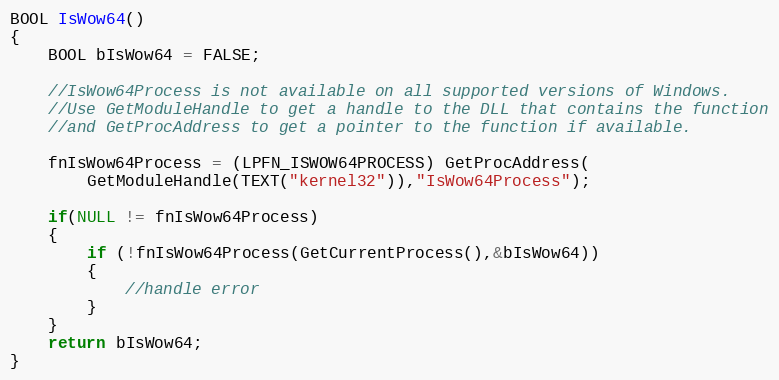
Language: C++
BOOL IsWow64()
{
    BOOL bIsWow64 = FALSE;

    //IsWow64Process is not available on all supported versions of Windows.
    //Use GetModuleHandle to get a handle to the DLL that contains the function
    //and GetProcAddress to get a pointer to the function if available.

    fnIsWow64Process = (LPFN_ISWOW64PROCESS) GetProcAddress(
        GetModuleHandle(TEXT("kernel32")),"IsWow64Process");

    if(NULL != fnIsWow64Process)
    {
        if (!fnIsWow64Process(GetCurrentProcess(),&bIsWow64))
        {
            //handle error
        }
    }
    return bIsWow64;
}